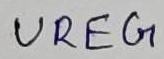
Text: UREG